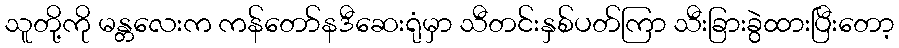
သူတို့ကို မန္တလေးက ကန်တော်နဒီဆေးရုံမှာ သီတင်းနှစ်ပတ်ကြာ သီးခြားခွဲထားပြီးတော့